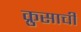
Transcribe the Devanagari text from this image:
क्रुसाची